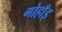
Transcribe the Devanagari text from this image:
गोहाँइ